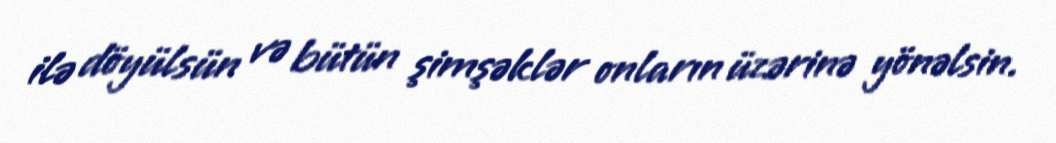
ilə döyülsün və bütün şimşəklər onların üzərinə yönəlsin.